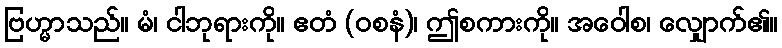
ဗြဟ္မာသည်။ မံ၊ ငါဘုရားကို။ ဧတံ (ဝစနံ)၊ ဤစကားကို။ အဝေါစ၊ လျှောက်၏။